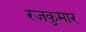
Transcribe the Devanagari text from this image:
रजकुमार